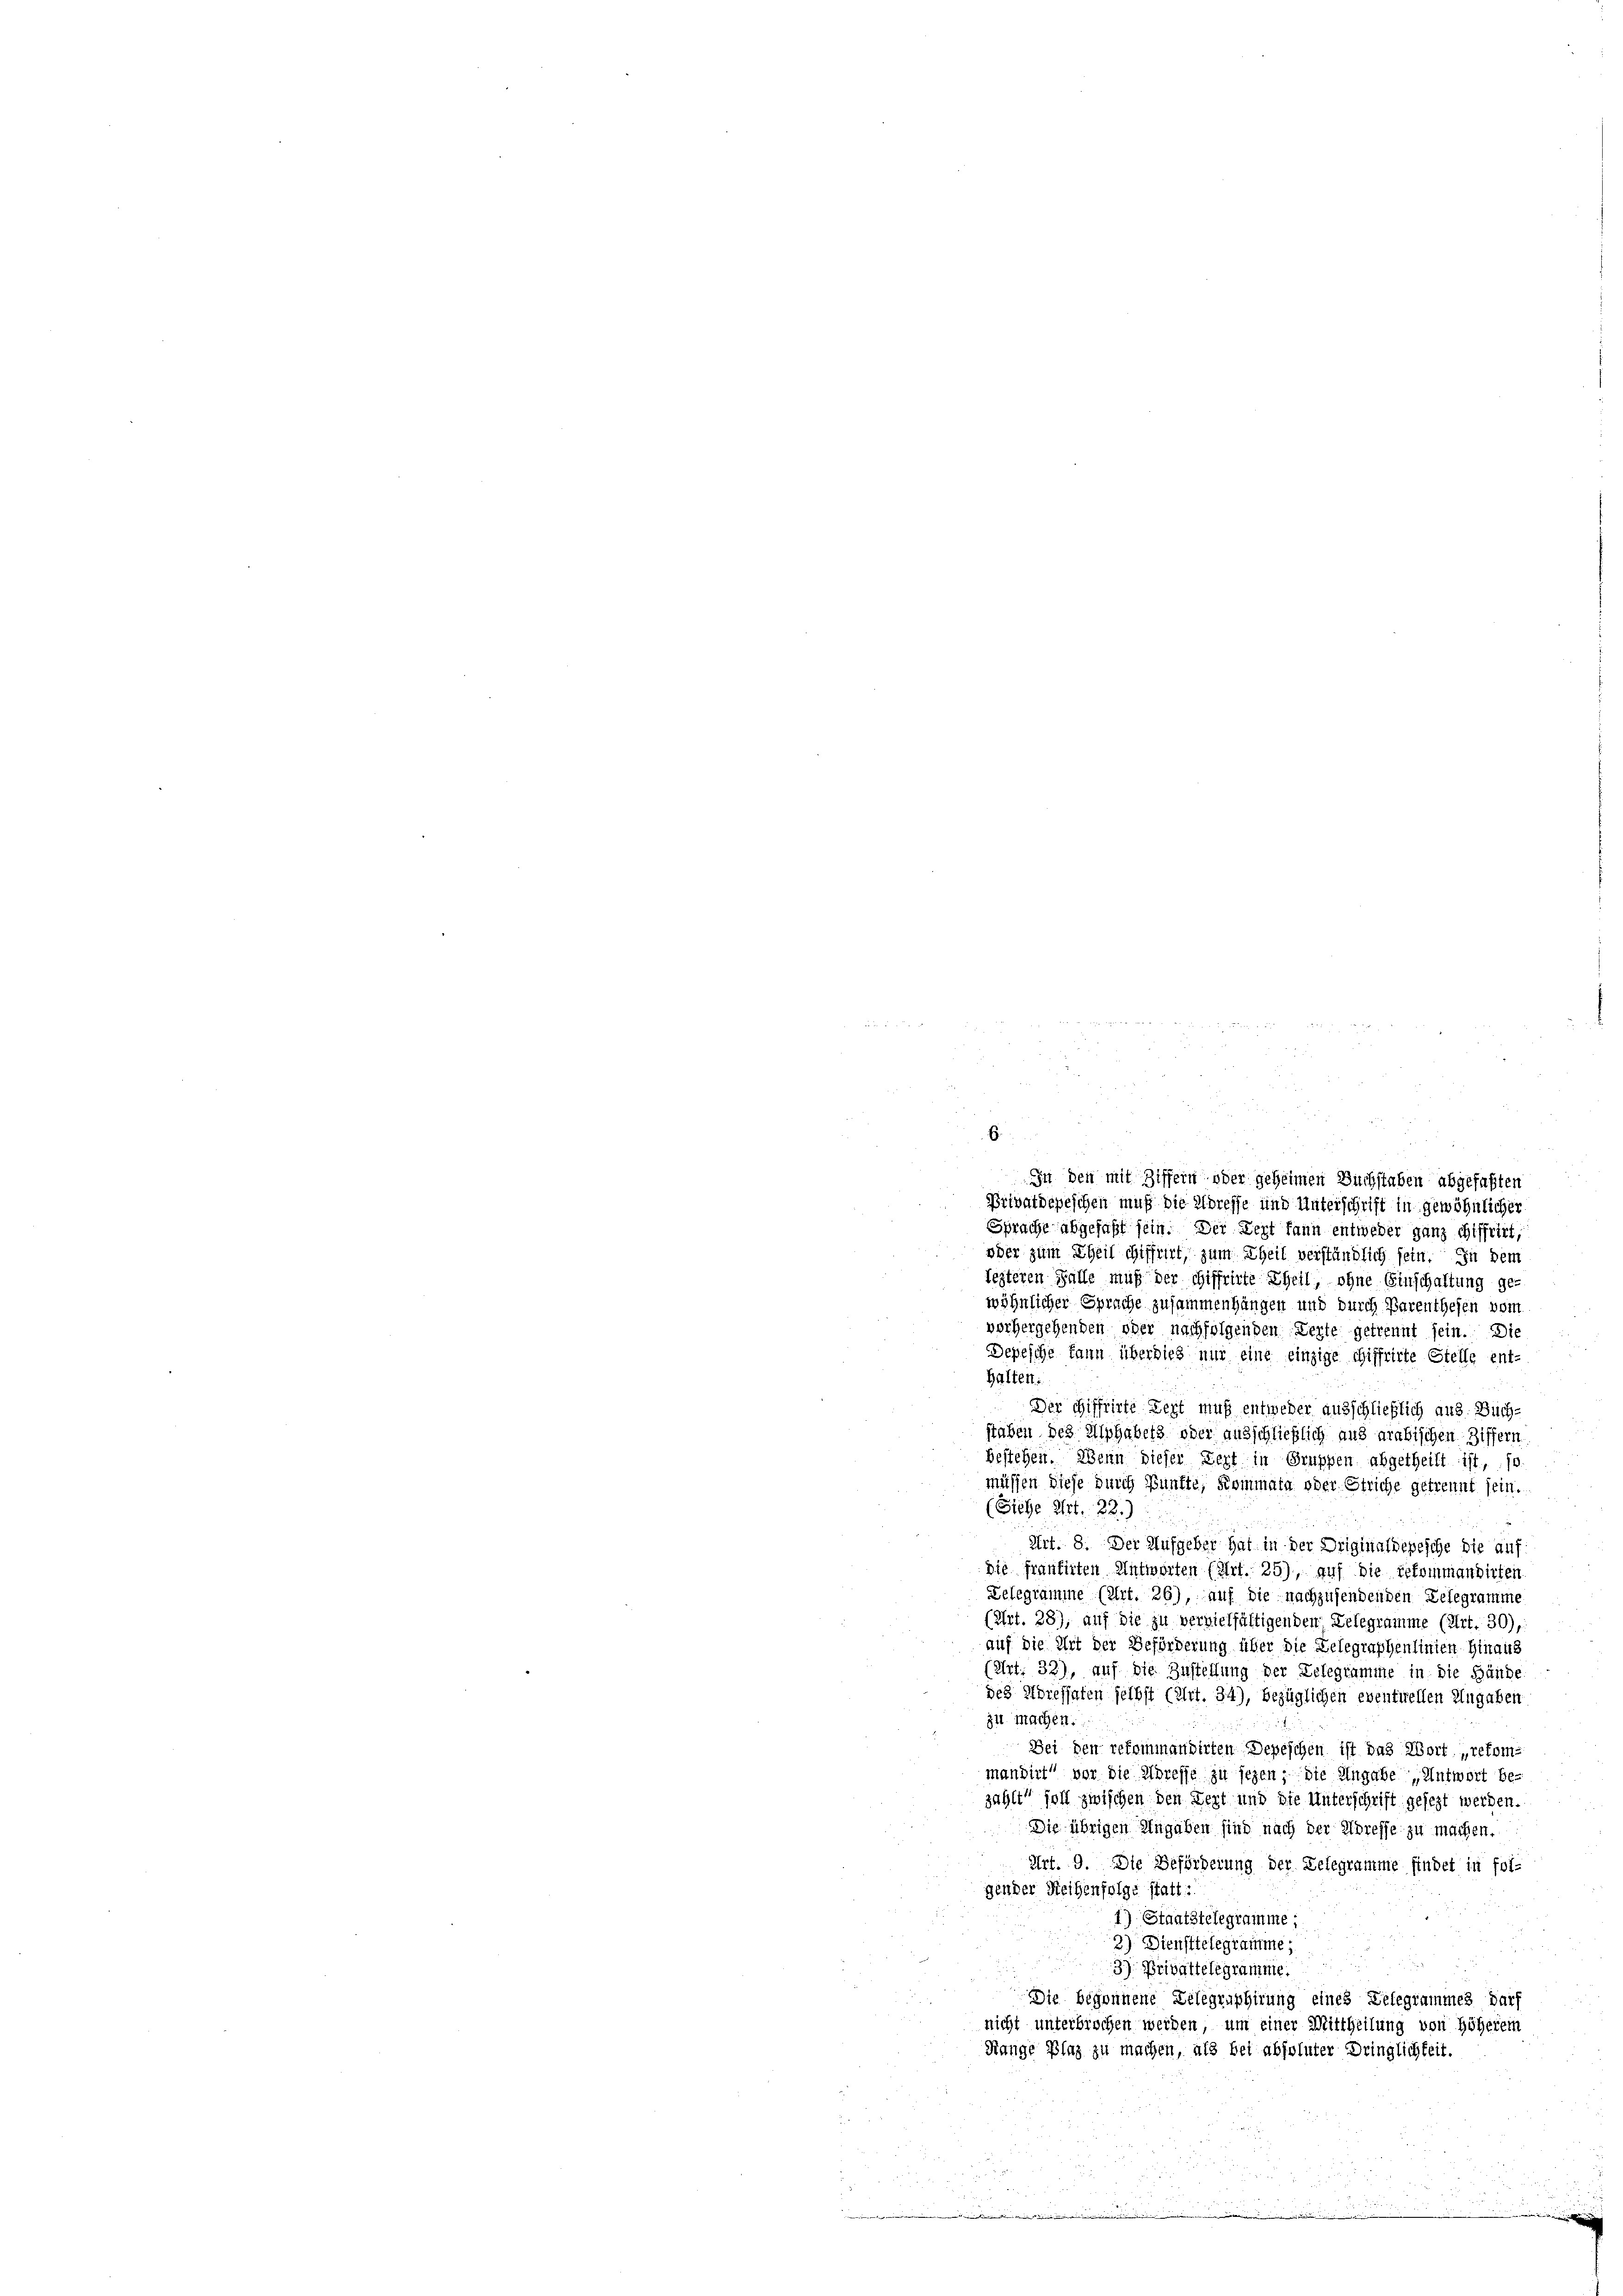
E
In den mit Ziffern oder geheimen Buchstaben abgefaßten
Privatdepeschen muß die Albreffe und Unterschrift in gewöhnlicher
Sprache abgefaßt sein. Der Lezt kann entweder ganz chiffert,
oder zum Theil chiffrirt, zum Theil verständlich sein. In dem
lezteren Falle muß der Schiffrirte Theil, ohne Einschaltung ge-
wöhnlicher Sprache zusammenhängen und durch Parenthefen vom
vorhergehenden oder nachfolgenden Kerte getrennt sein. Die
Depesche kann überdies nur eine einzige chiffrirte Stelle ent-
halten.
Der Giffrirte Lezt muß entweder ausschließlich aus. Bich-
2
staben des Alphaber oder ausschließlich aus arabischen Ziffern
bestehen. Wenn dieser Zert in Gruppen abgetheilt ist, so
müssen diese durch Bünfte, Kommata oder Striche getrennt sein.
(Siehe Art. 22.)
Art. 8. Der Aufgeber hat in der Driginaldepesche die auf
Die frantirten Antworten (Art. 25), auf die gekommandirten
Delegramme (Art. 26), auf die nachzusendenden Lelegramme
(Art. 28), auf die zu vervielfältigenden Lelegramme (Art. 30),
auf die Art der Beförderung über die Gelegraphenlinien hinaus
(Art. 33), auf die Zustellung der Telegramme in die Hände
des Horessaten selbst (Art. 34), bezüglichen eventuellen Angaben
zu machen.
Bei den refommandirten Depeschen ist das Wort „refom-
mandirt vor die Adresse zu seyen; die Angabe „Antwort be-
zählt soll zwischen den Zeit und die Unterschrift gesezt werden.
Die übrigen Angaben sind nach der Spreffe zu machen.
Art. 9. Die Beförderung der Belegramme findet in fol-
gender Reihenfolge statt:
1) Staatstelegramme
2) Diensttelegramme;
.
3) Privattelegramme.
E
Die begonnene Delegraphirung eines Gelegrammes darf
nicht unterbrochen werden, um einer Mittheilung von höherein
Range Plaz zu machen, als bei absoluter Dringlichkeit.
.
i